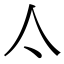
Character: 亽